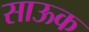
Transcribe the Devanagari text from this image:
साऊक